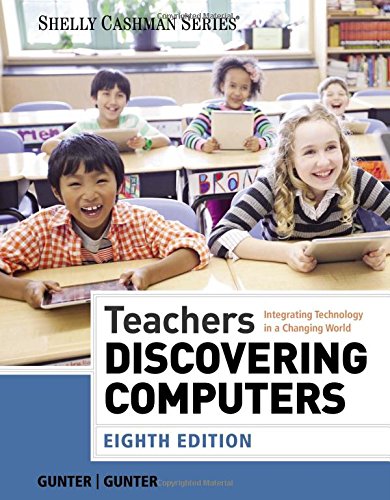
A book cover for Teachers Discovering Computers: Integrating Technology in a Changing World (Shelly Cashman); Glenda A. Gunter; Education & Teaching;